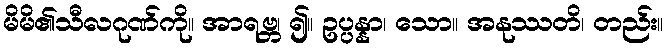
မိမိ၏သီလဂုဏ်ကို။ အာရဗ္ဘ၊ ၍။ ဥပ္ပန္နာ၊ သော။ အနုဿတိ၊ တည်း။